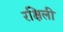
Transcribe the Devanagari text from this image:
रक्षिली